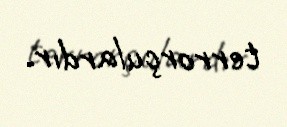
terrorçulardır.